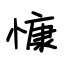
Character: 慷